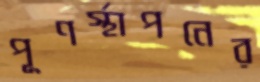
পূণর্স্থাপনের